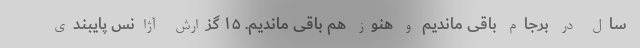
سال در برجام باقی ماندیم و هنوز هم باقی ماندیم. ۱۵ گزارش آژانس پایبندی